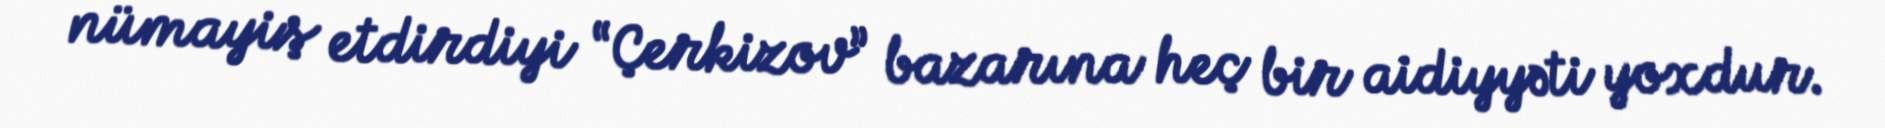
nümayiş etdirdiyi “Çerkizov” bazarına heç bir aidiyyəti yoxdur.